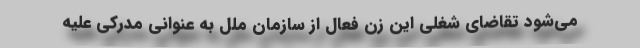
می‌شود تقاضای شغلی این زن فعال از سازمان ملل به عنوانی مدرکی علیه